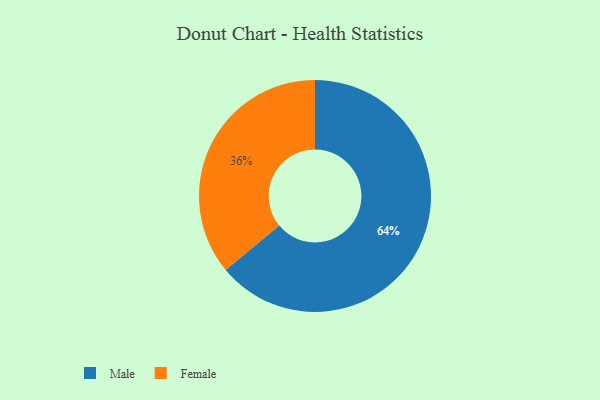
{"axis": {"x": "Category", "y": "Percentage"}, "legend": ["Female", "Male"], "data": [{"x": "Male", "y": 64, "type": "Male"}, {"x": "Female", "y": 36, "type": "Female"}]}